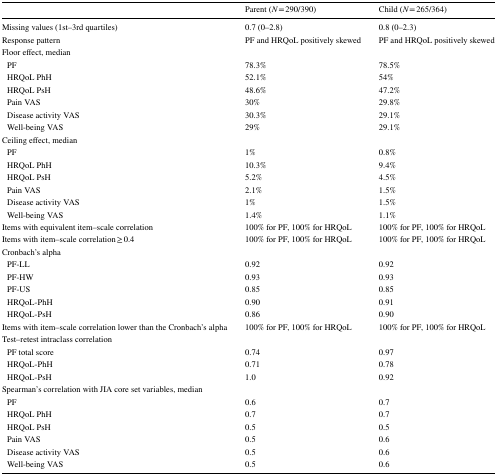
<table><thead><tr><td></td><td><b>Parent (<i>N</i> = 290/390)</b></td><td><b>Child (<i>N</i> = 265/364)</b></td></tr></thead><tbody><tr><td>Missing values (1st–3rd quartiles)</td><td>0.7 (0–2.8)</td><td>0.8 (0–2.3)</td></tr><tr><td>Response pattern</td><td>PF and HRQoL positively skewed</td><td>PF and HRQoL positively skewed</td></tr><tr><td colspan="3">Floor effect, median</td></tr><tr><td> PF</td><td>78.3%</td><td>78.5%</td></tr><tr><td> HRQoL PhH</td><td>52.1%</td><td>54%</td></tr><tr><td> HRQoL PsH</td><td>48.6%</td><td>47.2%</td></tr><tr><td> Pain VAS</td><td>30%</td><td>29.8%</td></tr><tr><td> Disease activity VAS</td><td>30.3%</td><td>29.1%</td></tr><tr><td> Well-being VAS</td><td>29%</td><td>29.1%</td></tr><tr><td colspan="3">Ceiling effect, median</td></tr><tr><td> PF</td><td>1%</td><td>0.8%</td></tr><tr><td> HRQoL PhH</td><td>10.3%</td><td>9.4%</td></tr><tr><td> HRQoL PsH</td><td>5.2%</td><td>4.5%</td></tr><tr><td> Pain VAS</td><td>2.1%</td><td>1.5%</td></tr><tr><td> Disease activity VAS</td><td>1%</td><td>1.5%</td></tr><tr><td> Well-being VAS</td><td>1.4%</td><td>1.1%</td></tr><tr><td>Items with equivalent item–scale correlation</td><td>100% for PF, 100% for HRQoL</td><td>100% for PF, 100% for HRQoL</td></tr><tr><td>Items with item–scale correlation ≥ 0.4</td><td>100% for PF, 100% for HRQoL</td><td>100% for PF, 100% for HRQoL</td></tr><tr><td colspan="3">Cronbach’s alpha</td></tr><tr><td> PF-LL</td><td>0.92</td><td>0.92</td></tr><tr><td> PF-HW</td><td>0.93</td><td>0.93</td></tr><tr><td> PF-US</td><td>0.85</td><td>0.85</td></tr><tr><td> HRQoL-PhH</td><td>0.90</td><td>0.91</td></tr><tr><td> HRQoL-PsH</td><td>0.86</td><td>0.90</td></tr><tr><td>Items with item–scale correlation lower than the Cronbach’s alpha</td><td>100% for PF, 100% for HRQoL</td><td>100% for PF, 100% for HRQoL</td></tr><tr><td colspan="3">Test–retest intraclass correlation</td></tr><tr><td> PF total score</td><td>0.74</td><td>0.97</td></tr><tr><td> HRQoL-PhH</td><td>0.71</td><td>0.78</td></tr><tr><td> HRQoL-PsH</td><td>1.0</td><td>0.92</td></tr><tr><td colspan="3">Spearman’s correlation with JIA core set variables, median</td></tr><tr><td> PF</td><td>0.6</td><td>0.7</td></tr><tr><td> HRQoL PhH</td><td>0.7</td><td>0.7</td></tr><tr><td> HRQoL PsH</td><td>0.5</td><td>0.5</td></tr><tr><td> Pain VAS</td><td>0.5</td><td>0.6</td></tr><tr><td> Disease activity VAS</td><td>0.5</td><td>0.6</td></tr><tr><td> Well-being VAS</td><td>0.5</td><td>0.6</td></tr></tbody></table>